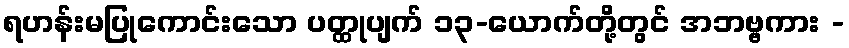
ရဟန်းမပြုကောင်းသော ပတ္ထုပျက် ၁၃-ယောက်တို့တွင် အဘဗ္ဗကား -